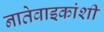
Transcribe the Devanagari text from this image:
नातेवाइकांशी